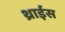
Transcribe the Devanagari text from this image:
थ्राईस